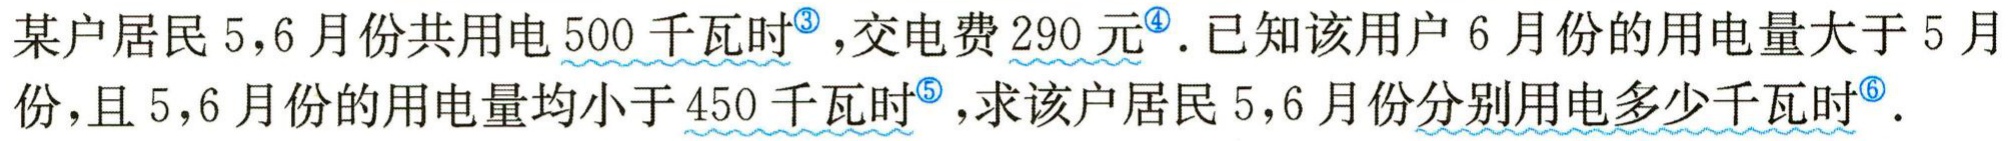
某户居民5,6月份共用电500千瓦时<sup>\textcircled{3}</sup>，交电费290元<sup>\textcircled{4}</sup>. 已知该用户6月份的用电量大于5月份，且5,6月份的用电量均小于450千瓦时<sup>\textcircled{5}</sup>，求该户居民5,6月份分别用电多少千瓦时<sup>\textcircled{6}</sup>.